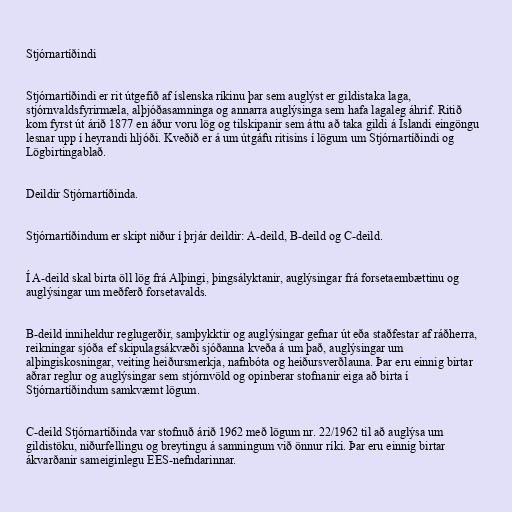
Stjórnartíðindi

Stjórnartíðindi er rit útgefið af íslenska ríkinu þar sem auglýst er gildistaka laga,
stjórnvaldsfyrirmæla, alþjóðasamninga og annarra auglýsinga sem hafa lagaleg áhrif. Ritið
kom fyrst út árið 1877 en áður voru lög og tilskipanir sem áttu að taka gildi á Íslandi eingöngu
lesnar upp í heyrandi hljóði. Kveðið er á um útgáfu ritisins í lögum um Stjórnartíðindi og
Lögbirtingablað.

Deildir Stjórnartíðinda.

Stjórnartíðindum er skipt niður í þrjár deildir: A-deild, B-deild og C-deild.

Í A-deild skal birta öll lög frá Alþingi, þingsályktanir, auglýsingar frá forsetaembættinu og
auglýsingar um meðferð forsetavalds.

B-deild inniheldur reglugerðir, samþykktir og auglýsingar gefnar út eða staðfestar af ráðherra,
reikningar sjóða ef skipulagsákvæði sjóðanna kveða á um það, auglýsingar um
alþingiskosningar, veiting heiðursmerkja, nafnbóta og heiðursverðlauna. Þar eru einnig birtar
aðrar reglur og auglýsingar sem stjórnvöld og opinberar stofnanir eiga að birta í
Stjórnartíðindum samkvæmt lögum.

C-deild Stjórnartíðinda var stofnuð árið 1962 með lögum nr. 22/1962 til að auglýsa um
gildistöku, niðurfellingu og breytingu á samningum við önnur ríki. Þar eru einnig birtar
ákvarðanir sameiginlegu EES-nefndarinnar.